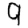
Digit: 9